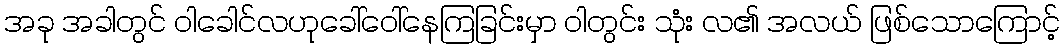
အခု အခါတွင် ဝါခေါင်လဟုခေါ်ဝေါ်နေကြခြင်းမှာ ဝါတွင်း သုံး လ၏ အလယ် ဖြစ်သောကြောင့်